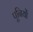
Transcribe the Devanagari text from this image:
पूनियों